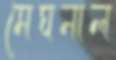
মেঘনাল